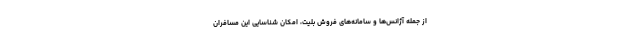
از جمله آژانس‌ها و سامانه‌های فروش بلیت، امکان شناسایی این مسافران